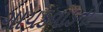
ગાયકવાડનો